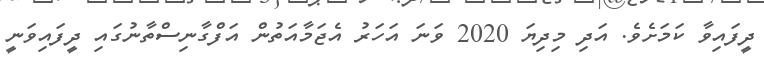
ދީފައިވާ ކަމަށެވެ. އަދި މިދިޔަ 2020 ވަނަ އަހަރު އެޖަމާއަތުން އަފްގާނިސްތާނުގައި ދީފައިވަނީ